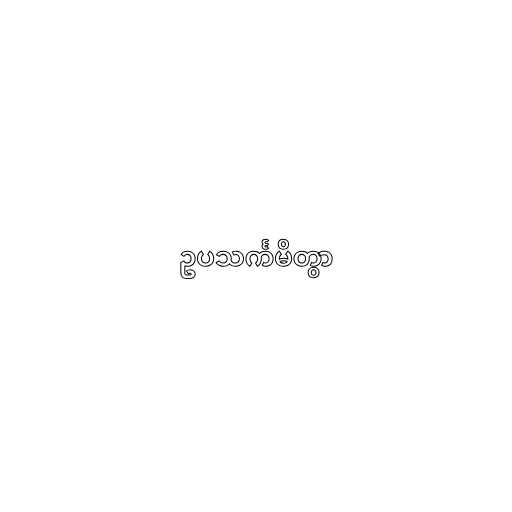
ဥပသင်္ကမိတွာ